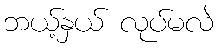
ဘယ့်နှယ် လုပ်မလဲ